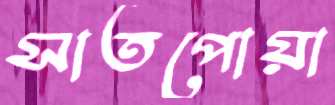
সাতপোয়া